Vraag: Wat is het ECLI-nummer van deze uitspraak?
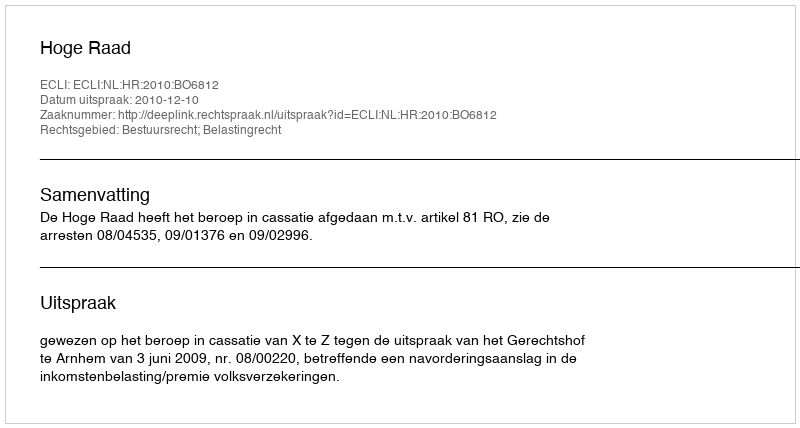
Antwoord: ECLI:NL:HR:2010:BO6812